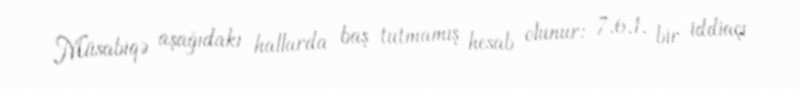
Müsabiqə aşağıdakı hallarda baş tutmamış hesab olunur: 7.6.1. bir iddiaçı